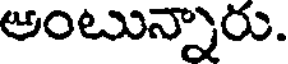
అంటున్నారు.